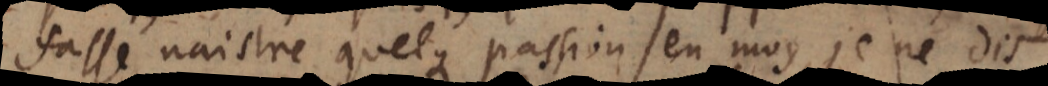
fasse naistre quelque passion en moy, je ne dis